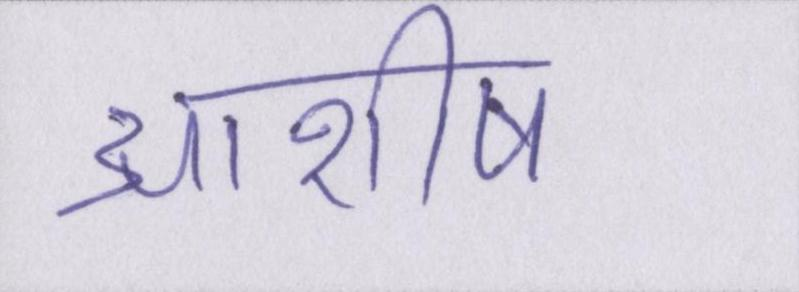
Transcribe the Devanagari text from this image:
आशीष